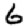
Digit: 6